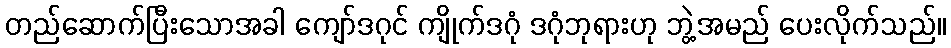
တည်ဆောက်ပြီးသောအခါ ကျော်ဒဂုင် ကျိုက်ဒဂုံ ဒဂုံဘုရားဟု ဘွဲ့အမည် ပေးလိုက်သည်။